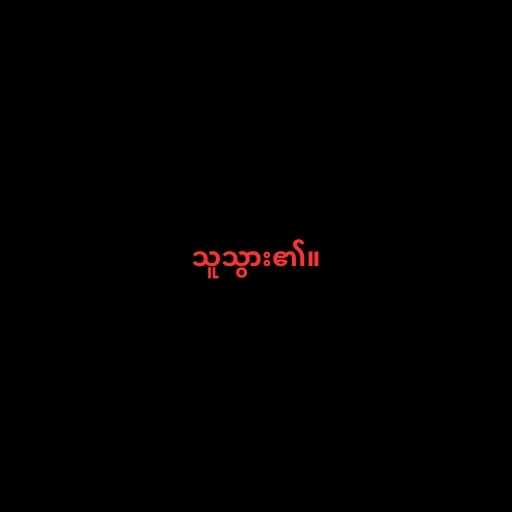
သူသွား၏။